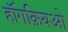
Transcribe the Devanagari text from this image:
हॉंगक़ियओ